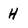
Character: H